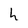
Character: h